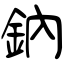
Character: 鈉